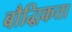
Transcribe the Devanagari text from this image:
बौद्धिकत्ता